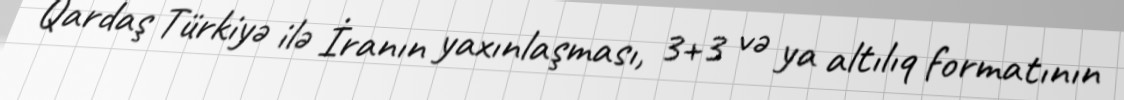
Qardaş Türkiyə ilə İranın yaxınlaşması, 3+3 və ya altılıq formatının